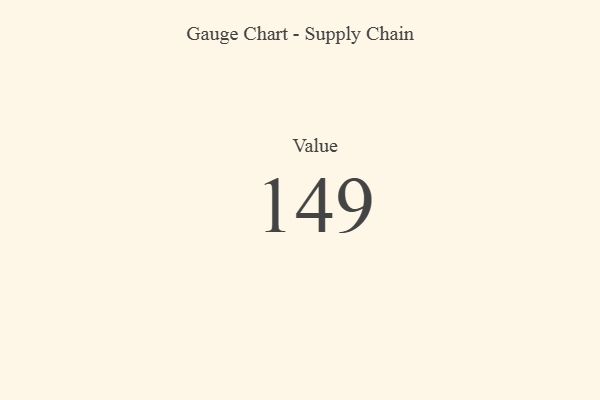
{"axis": {"x": "Metric", "y": "Value"}, "legend": [""], "data": [{"x": "Value", "y": 149, "type": ""}]}